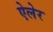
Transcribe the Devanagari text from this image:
ऐलेर